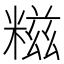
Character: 糍